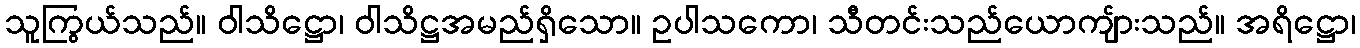
သူကြွယ်သည်။ ဝါသိဋ္ဌော၊ ဝါသိဋ္ဌအမည်ရှိသော။ ဥပါသကော၊ သီတင်းသည်ယောကျ်ားသည်။ အရိဋ္ဌော၊